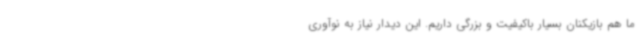
ما هم بازیکنان بسیار باکیفیت و بزرگی داریم. این دیدار نیاز به نوآوری